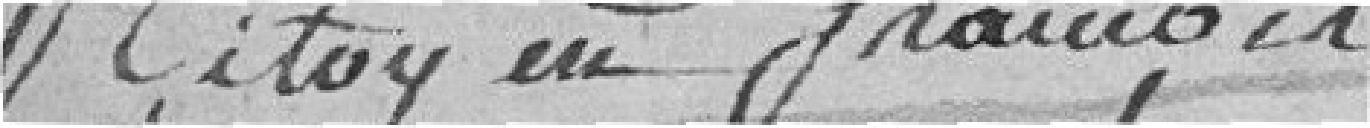
citoyen François GUYTY